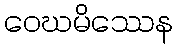
ဝေဃမိဿေန